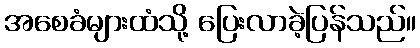
အစေခံများထံသို့ ပြေးလာခဲ့ပြန်သည်။